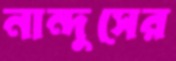
নান্দুসের